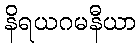
နိရယဂမနီယာ